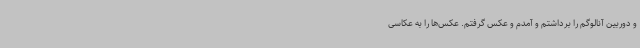
و دوربین آنالوگم را برداشتم و آمدم و عکس گرفتم. عکس‌ها را به عکاسی